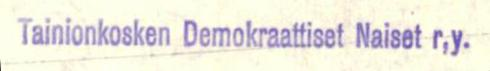
Tainionkosken Demokraattiset Naiset r,y.